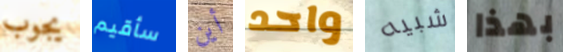
يجوب سأقيم أين واحد شبيه بهذا